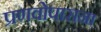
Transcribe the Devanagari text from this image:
प्रणवोपासना